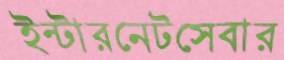
ইন্টারনেটসেবার